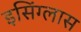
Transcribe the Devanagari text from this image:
इसिंग्लास